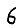
Digit: 6